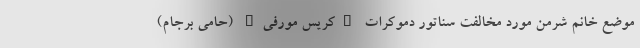
موضع خانم شرمن مورد مخالفت سناتور دموکرات "کریس مورفی" (حامی برجام)